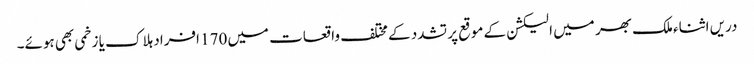
دریں اثناء ملک بھر میں الیکشن کے موقع پر تشدد کے مختلف واقعات میں 170 افراد ہلاک یا زخمی بھی ہوئے۔